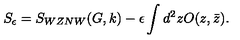
S _ { \epsilon } = S _ { W Z N W } ( G , k ) - \epsilon \int d ^ { 2 } z O ( z , \bar { z } ) .